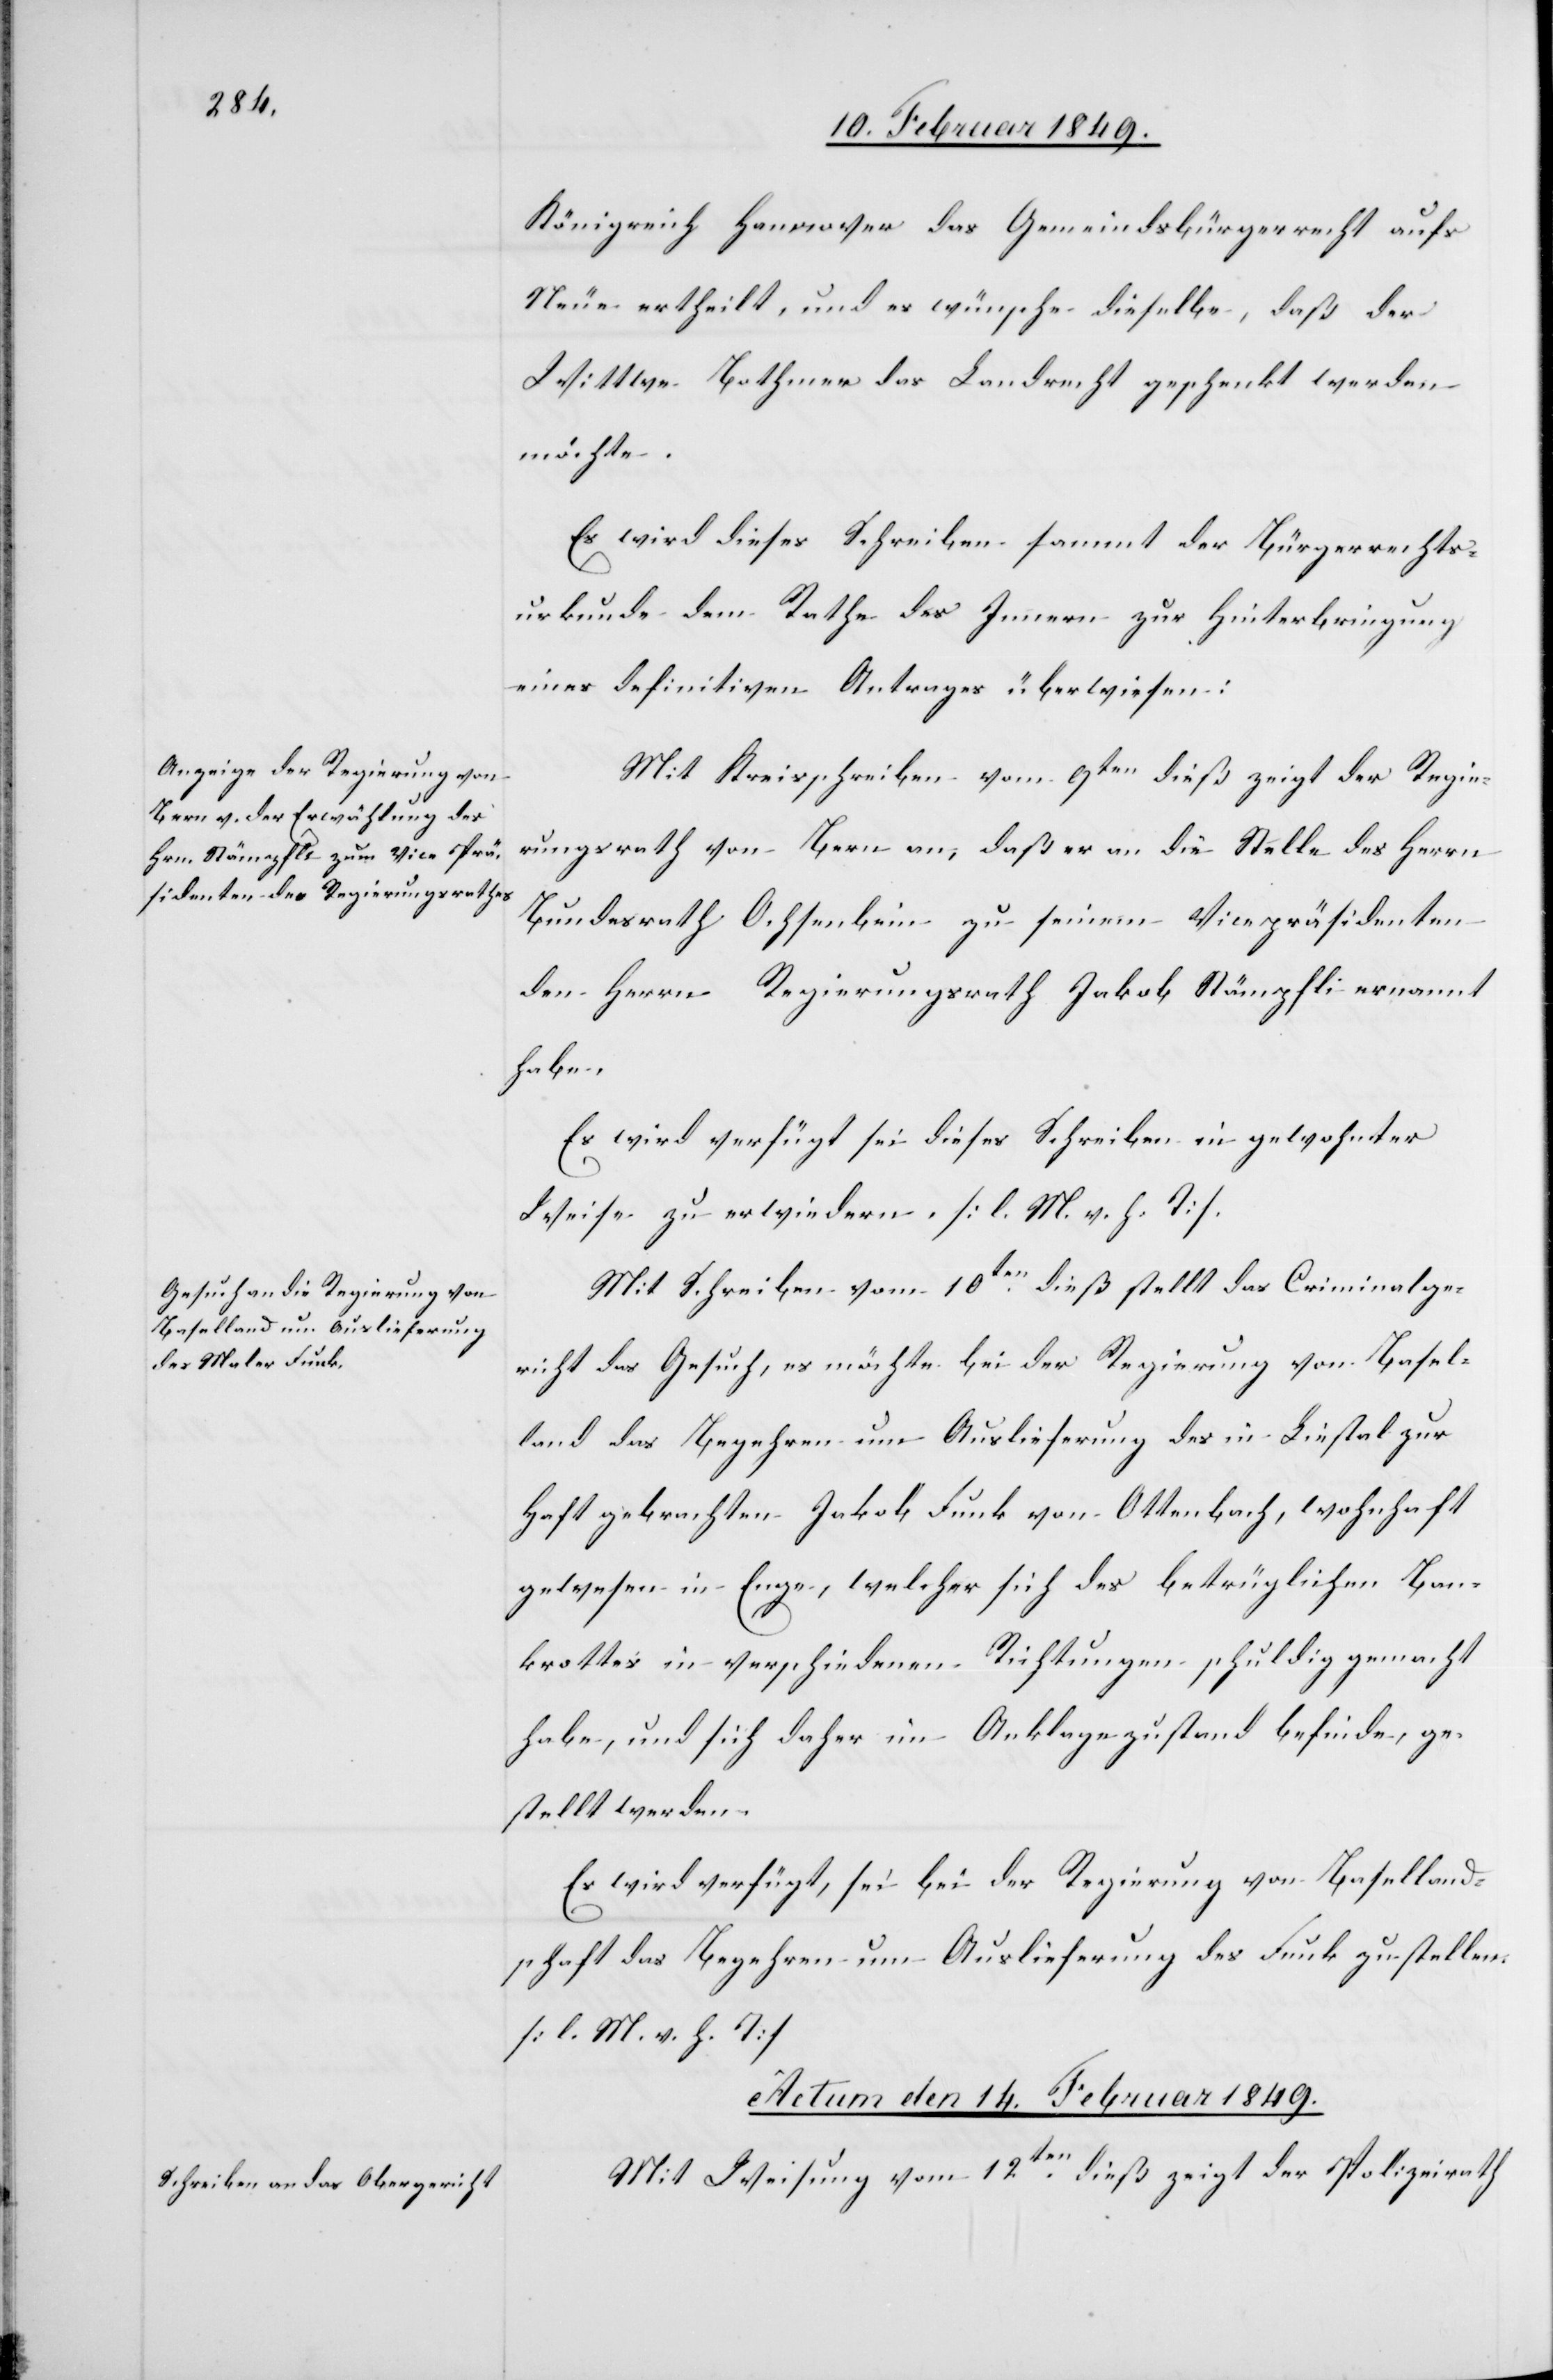
Königreich Hannover das Gemeindsbürgerrecht aufs
Neue ertheilt, und es wünsche dieselbe, daß der
Wittwe Bothmer das Landrecht geschenkt werden
möchte.
Es wird dieses Schreiben sammt der Bürgerrechts¬
urkunde dem Rathe des Innern zur Hinterbringung
eines definitiven Antrages überwiesen:
Mit Kreisschreiben vom 9ten dieß zeigt der Regie¬
rungsrath von Bern an, daß er an die Stelle des Herrn
Bundesrath Ochsenbein zu seinem Vicepräsidenten
den Herrn Regierungsrath Jakob Stämpfli ernannt
habe.
Es wird verfügt sei dieses Schreiben in gewohnter
Weise zu erwiedern. [l. M. v. h. T].
Mit Schreiben vom 10ten. dieß stellt das Criminalge¬
richt das Gesuch, es möchte bei der Regierung von Basel¬
land das Begehren um Auslieferung des in Liestal zur
Haft gebrachten Jakob Funk von Ottenbach, wohnhaft
gewesen in Enge, welcher sich des betrüglichen Ban¬
krottes in verschiedenen Richtungen schuldig gemacht
habe, und sich daher im Anklagezustand befinde, ge¬
stellt werden.
Es wird verfügt, sei bei der Regierung von Baselland¬
schaft das Begehren um Auslieferung des Funk zu stellen.
[l. M. v. h. T]
Actum den 14. Februar 1849.
Mit Weisung vom 12ten. dieß zeigt der Polizeirath